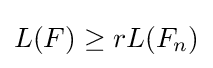
L(F)\geq rL(F_{n})